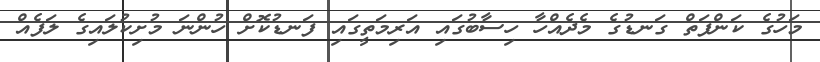
މަހުގެ ކަންފަތް ގަނޑުގެ މެދެއްހާ ހިސާބުގައި އަރިމަތީގައި ފަނޑުކޮށް ހުންނަ މުށިކުލައިގެ ލަފެއް